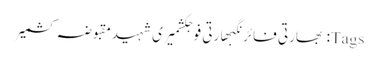
Tags: بھارتی فائرنگبھارتی فوجکشمیری شہیدمقبوضہ کشمیر